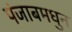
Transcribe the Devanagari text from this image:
पंजाबमधुन